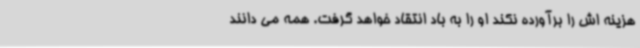
هزینه اش را برآورده نکند او را به باد انتقاد خواهد گرفت. همه می دانند